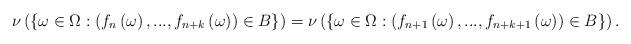
LaTeX: \begin{align*}\nu \left( \left \{ \omega \in \Omega:\left( f_{n}\left( \omega \right),...,f_{n+k}\left( \omega \right) \right) \in B\right \} \right) =\nu \left(\left \{ \omega \in \Omega:\left( f_{n+1}\left( \omega \right),...,f_{n+k+1}\left( \omega \right) \right) \in B\right \} \right) .\end{align*}